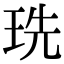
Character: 珗